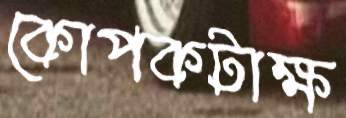
কোপকটাক্ষ